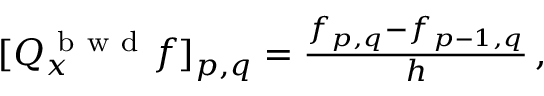
\begin{array} { r } { [ Q _ { x } ^ { \mathrm { ~ b ~ w ~ d ~ } } f ] _ { p , q } = \frac { f _ { p , q } - f _ { p - 1 , q } } { h } \, , } \end{array}